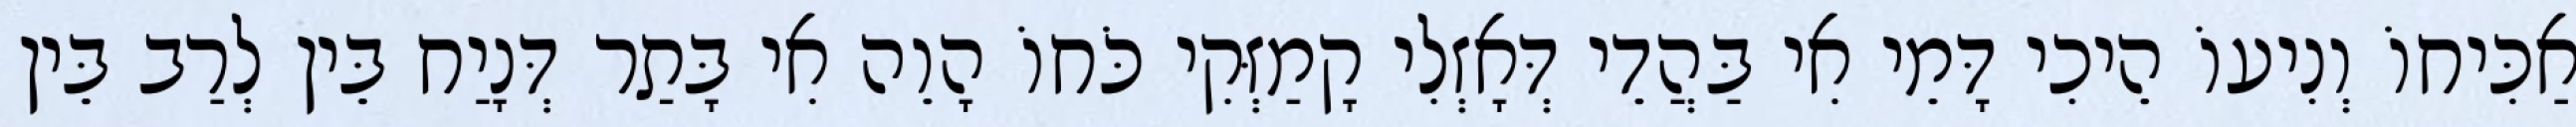
אַכִּיחוֹ וְנִיעוֹ הֵיכִי דָּמֵי אִי בַּהֲדֵי דְּאָזְלִי קָמַזְּקִי כֹּחוֹ הָוֵה אִי בָּתַר דְּנָיַח בֵּין לְרַב בֵּין